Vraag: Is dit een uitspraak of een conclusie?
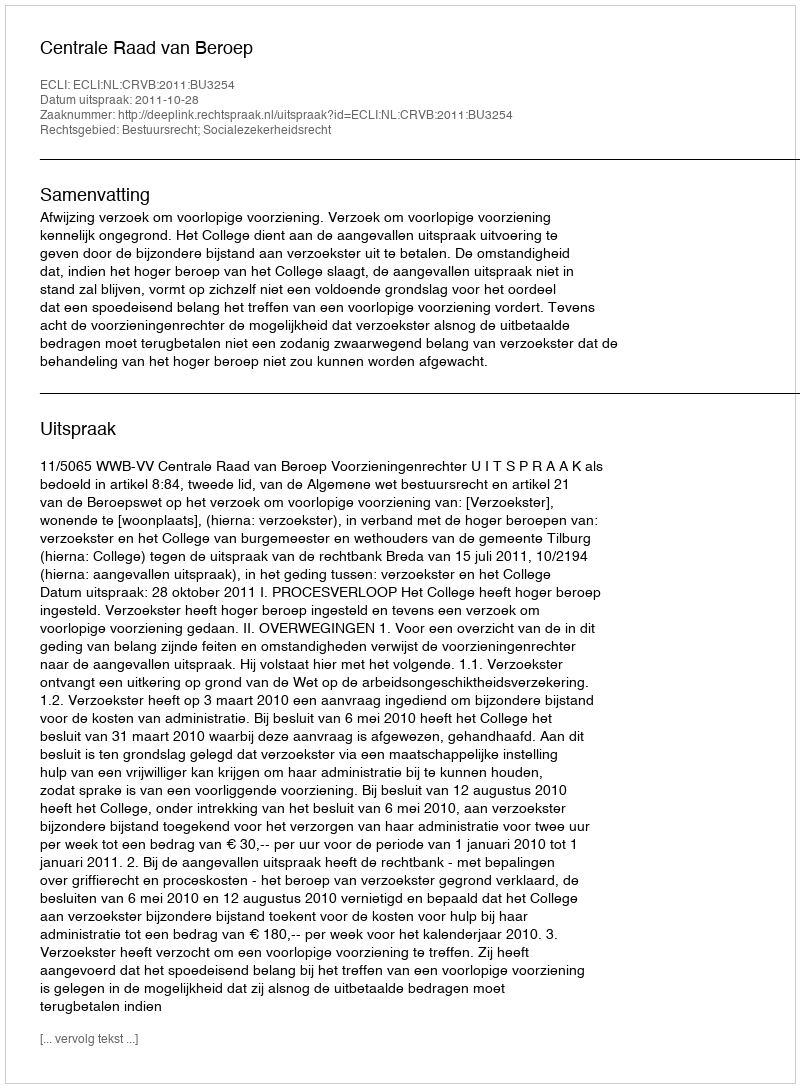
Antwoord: Uitspraak